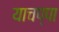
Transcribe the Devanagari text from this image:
याचप्पा